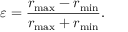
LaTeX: \varepsilon = { \frac { r _ { \operatorname* { m a x } } - r _ { \operatorname* { m i n } } } { r _ { \operatorname* { m a x } } + r _ { \operatorname* { m i n } } } } .